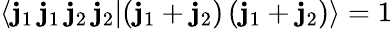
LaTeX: \langle\mathbf{j}_{1}\, \mathbf{j}_{1}\, \mathbf{j}_{2}\, \mathbf{j}_{2}|(\mathbf{j}_{1}+\mathbf{j}_{2})\, (\mathbf{j}_{1}+\mathbf{j}_{2})\rangle=1